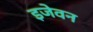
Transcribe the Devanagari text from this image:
इजेवन